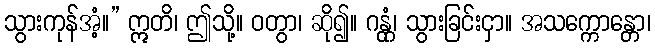
သွားကုန်အံ့။” ဣတိ၊ ဤသို့။ ဝတွာ၊ ဆို၍။ ဂန္တုံ၊ သွားခြင်းငှာ။ အသက္ကောန္တော၊